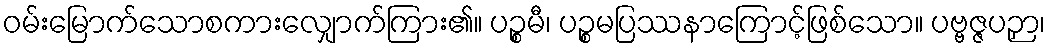
ဝမ်းမြောက်သောစကားလျှောက်ကြား၏။ ပဉ္စမီ၊ ပဉ္စမပြဿနာကြောင့်ဖြစ်သော။ ပဗ္ဗဇ္ဇပဉှာ၊